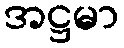
အဋ္ဌမာ